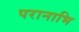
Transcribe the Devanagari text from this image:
परानाभि